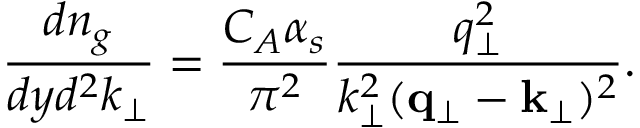
\frac { d n _ { g } } { d y d ^ { 2 } k _ { \perp } } = \frac { C _ { A } \alpha _ { s } } { \pi ^ { 2 } } \frac { q _ { \perp } ^ { 2 } } { k _ { \perp } ^ { 2 } ( { \bf q } _ { \perp } - { \bf k } _ { \perp } ) ^ { 2 } } .